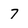
Character: 7